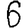
Digit: 6